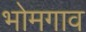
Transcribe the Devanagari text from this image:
भोमगाव